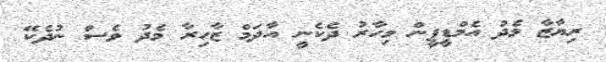
ރިޔާޒާ މެދު އެމްޑީޕީން މިހާރު ދެކެނީ އާދަމް ޒާހިރާ މެދު ވެސް ނުދެކޭ